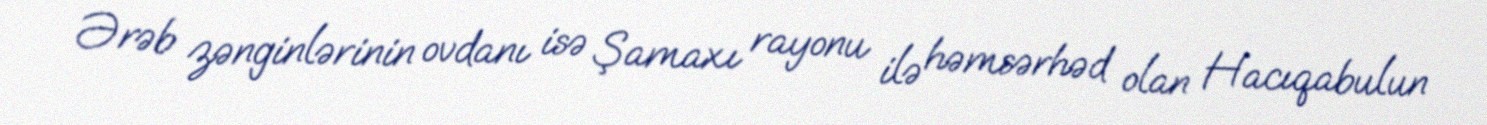
Ərəb zənginlərinin ovdanı isə Şamaxı rayonu ilə həmsərhəd olan Hacıqabulun